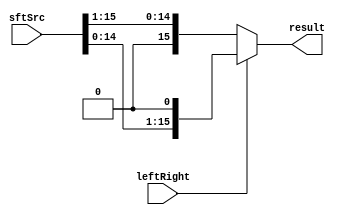
module Shifter( result, leftRight, sftSrc );

//I/O ports 
output	[16-1:0] result;

input			leftRight;
input	[16-1:0] sftSrc ;

//Internal Signals
wire	[16-1:0] result;
  
//Main function
assign result = ( leftRight == 1'b0 ) ? sftSrc >> 1 :
                ( leftRight == 1'b1 ) ? sftSrc << 1 :
                16'bxxxxxxxxxxxxxxxx;

endmodule